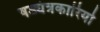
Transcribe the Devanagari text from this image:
षड्यंत्रकारियो